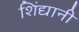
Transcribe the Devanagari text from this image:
शिंद्यानी